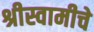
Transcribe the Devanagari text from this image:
श्रीस्वामीचे